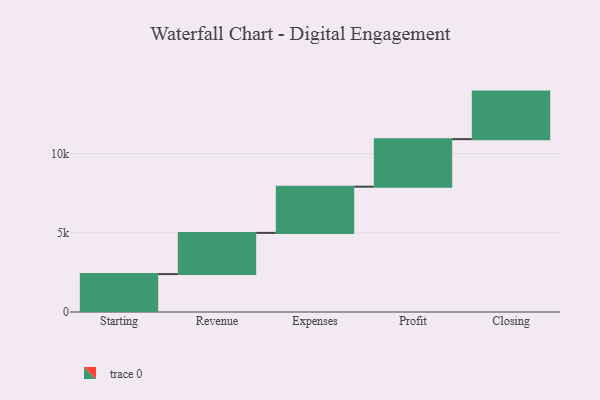
{"axis": {"x": "Step", "y": "Value"}, "legend": [""], "data": [{"x": "Starting", "y": 2393.0, "type": ""}, {"x": "Revenue", "y": 2600.0, "type": ""}, {"x": "Expenses", "y": 2916.0, "type": ""}, {"x": "Profit", "y": 3000, "type": ""}, {"x": "Closing", "y": 3000, "type": ""}]}